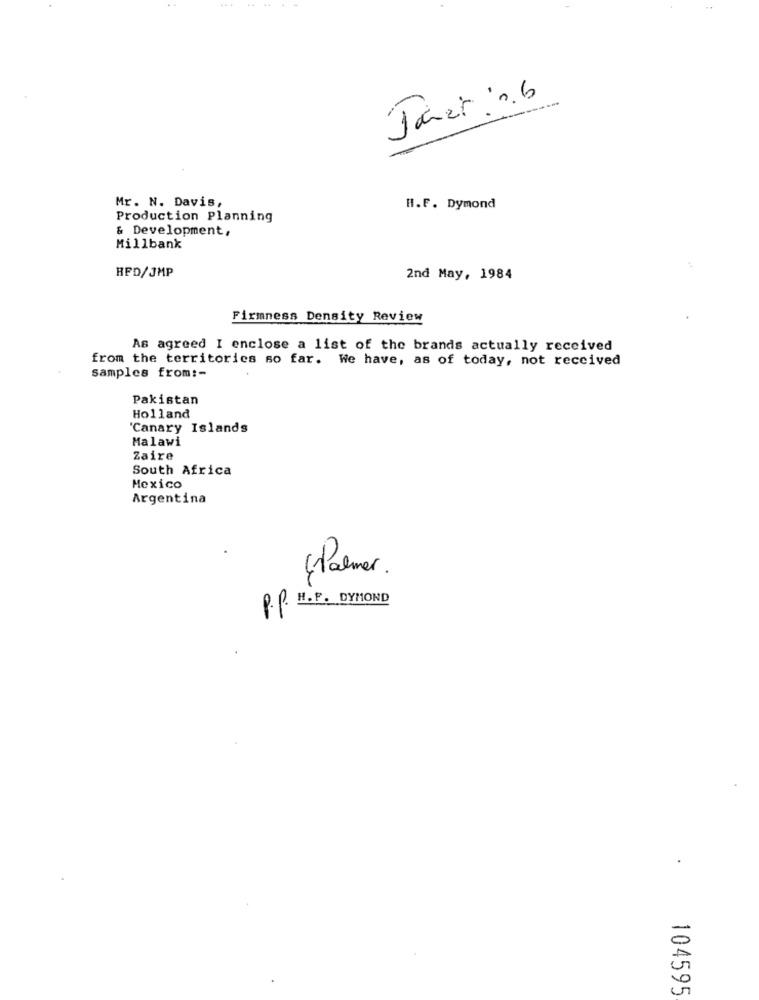
...
Janet. n.b
Mr. N. Davis,
H.F. Dymond
Production Planning
& Development,
Millbank
RFD/JMP
2nd May, 1984
Firmness Density Review
As agreed I enclose a list of the brands actually received
from the territories so far. We have, as of today, not received
samples from :-
Pakistan
Holland
'Canary Islands
Malawi
Zaire
South Africa
Mexico
Argentina
Palmer .
P.P. H.F. DYMOND
104595